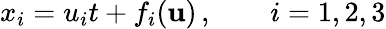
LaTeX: x_{i}=u_{i}t+{f_{i}}({\mathbf{u}})\, ,\qquad i=1,2,3